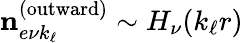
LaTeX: \mathbf{n}_{e\nu k_{\ell}}^{(\textrm{outward})}\sim H_{\nu}(k_{\ell}r)